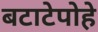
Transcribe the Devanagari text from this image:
बटाटेपोहे